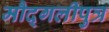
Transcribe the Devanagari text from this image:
मौद्गलीपुत्र